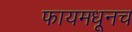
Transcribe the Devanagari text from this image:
फायमधूनच